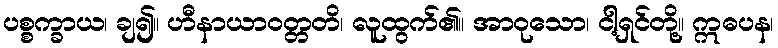
ပစ္စက္ခာယ၊ ချ၍။ ဟီနာယာဝတ္တတိ၊ လူထွက်၏။ အာဝုသော၊ ငါ့ရှင်တို့။ ဣဓပန၊